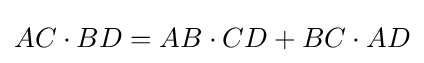
AC\cdot BD=AB\cdot CD+BC\cdot AD